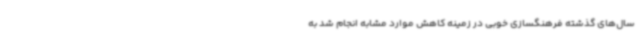
سال‌های گذشته فرهنگسازی خوبی در زمینه کاهش موارد مشابه انجام شد به